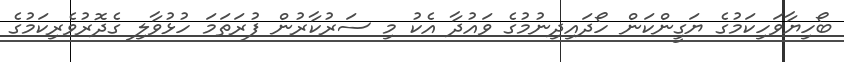
ބޯހިޔާވަހިކަމުގެ ޔަގީންކަން ހޯދައިދިނުމުގެ ވައުދާ އެކު މި ސަރުކާރުން ފުރަތަމަ ހުޅުވާލި ގެދޮރުވެރިކަމުގެ